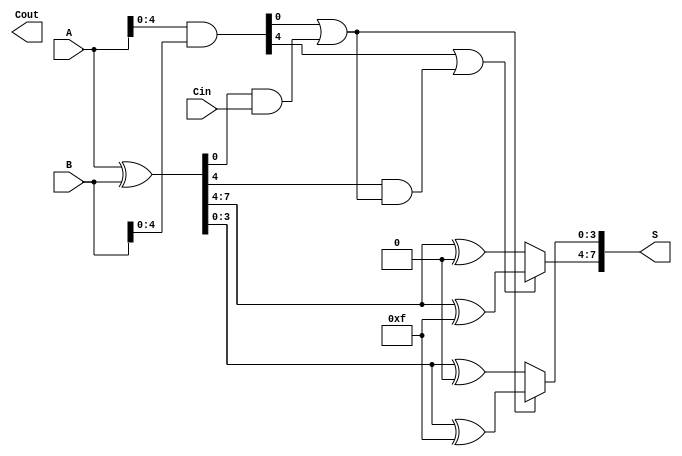
module CSPA #(parameter N = 8) (
    input  [N-1:0] A,       // First n-bit input
    input  [N-1:0] B,       // Second n-bit input
    input         Cin,       // Carry-in
    output [N-1:0] S,       // n-bit sum output
    output        Cout       // Carry-out
);

    localparam SEGMENT_SIZE = 4; // Size of each segment
    localparam NUM_SEGMENTS = N / SEGMENT_SIZE;

    // Generate and propagate signals
    wire [N-1:0] G; // Generate
    wire [N-1:0] P; // Propagate
    wire [NUM_SEGMENTS:0] C; // Carry for each segment

    // Generate and propagate logic
    assign G = A & B; // Generate
    assign P = A ^ B; // Propagate

    // Carry generation for each segment
    genvar i;
    generate
        for (i = 0; i < NUM_SEGMENTS; i = i + 1) begin : carry_gen
            if (i == 0) begin
                // First segment uses Cin
                assign C[i] = G[SEGMENT_SIZE*i +: SEGMENT_SIZE] | 
                               (P[SEGMENT_SIZE*i +: SEGMENT_SIZE] & Cin);
            end else begin
                assign C[i] = G[SEGMENT_SIZE*i +: SEGMENT_SIZE] | 
                               (P[SEGMENT_SIZE*i +: SEGMENT_SIZE] & C[i-1]);
            end
        end
    endgenerate

    // Sum calculation for each segment
    generate
        for (i = 0; i < NUM_SEGMENTS; i = i + 1) begin : sum_calc
            wire [SEGMENT_SIZE-1:0] S0, S1;

            // Precompute sums for carry-in 0 and 1
            assign S0 = P[SEGMENT_SIZE*i +: SEGMENT_SIZE] ^ {SEGMENT_SIZE{1'b0}};
            assign S1 = P[SEGMENT_SIZE*i +: SEGMENT_SIZE] ^ {SEGMENT_SIZE{1'b1}};

            // Select the appropriate sum based on carry
            assign S[SEGMENT_SIZE*i +: SEGMENT_SIZE] = C[i] ? S1 : S0;
        end
    endgenerate

    // Final carry-out
    assign Cout = C[NUM_SEGMENTS];

endmodule